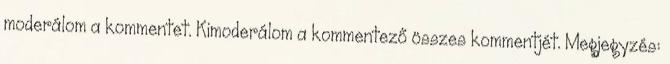
moderálom a kommentet. Kimoderálom a kommentező összes kommentjét. Megjegyzés: